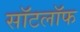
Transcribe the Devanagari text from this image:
सॉटलॉफ